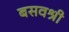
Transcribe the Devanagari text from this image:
बसवश्री